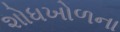
શોધખોળના